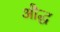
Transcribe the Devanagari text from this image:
औद्ध